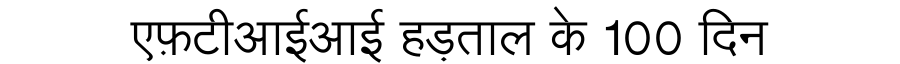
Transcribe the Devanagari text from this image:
एफ़टीआईआई हड़ताल के 100 दिन